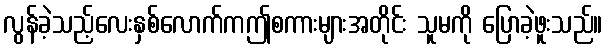
လွန်ခဲ့သည့်လေးနှစ်လောက်ကဤစကားများအတိုင်း သူမကို ပြောခဲ့ဖူးသည်။